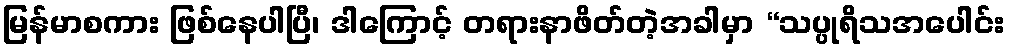
မြန်မာစကား ဖြစ်နေပါပြီ၊ ဒါကြောင့် တရားနာဖိတ်တဲ့အခါမှာ “သပ္ပုရိသအပေါင်း